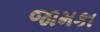
જામકા